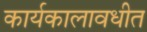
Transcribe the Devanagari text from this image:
कार्यकालावधीत